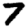
Digit: 7